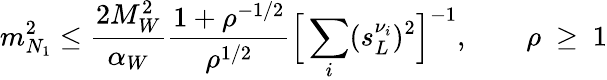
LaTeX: m_{N_{1}}^{2}\leq\frac{2M_{W}^{2}}{\alpha_{W}}\frac{1+\rho^{-1/2}}{\rho^{1/2}}\Big[\sum_{i}(s_{L}^{\nu_{i}})^{2}\Big]^{-1},\qquad\rho\ \geq\ 1